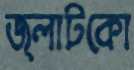
জ্লাটকো